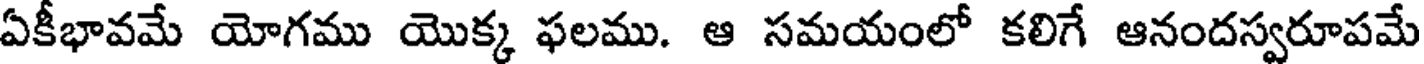
ఏకీభావమే యోగము యొక్క ఫలము. ఆ సమయంలో కలిగే ఆనందస్వరూపమే